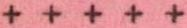
+++++